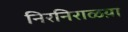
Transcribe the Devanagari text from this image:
निरनिराळय़ा